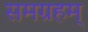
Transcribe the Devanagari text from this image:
समग्रहम्